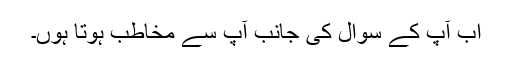
اب آپ کے سوال کی جانب آپ سے مخاطب ہوتا ہُوں۔